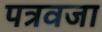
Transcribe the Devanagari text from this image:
पत्रवजा